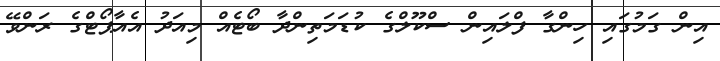
އިން ގަމުގައި ހިންގާ ފްލައިން ސްކޫލްގެ ކުޑަމަތިންދާ ބޯޓެއް މިއަދު އެެއާޕޯޓްގެ ރަންވޭ